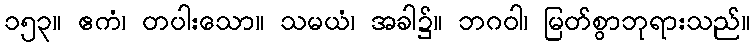
၁၅၃။ ဧကံ၊ တပါးသော။ သမယံ၊ အခါ၌။ ဘဂဝါ၊ မြတ်စွာဘုရားသည်။